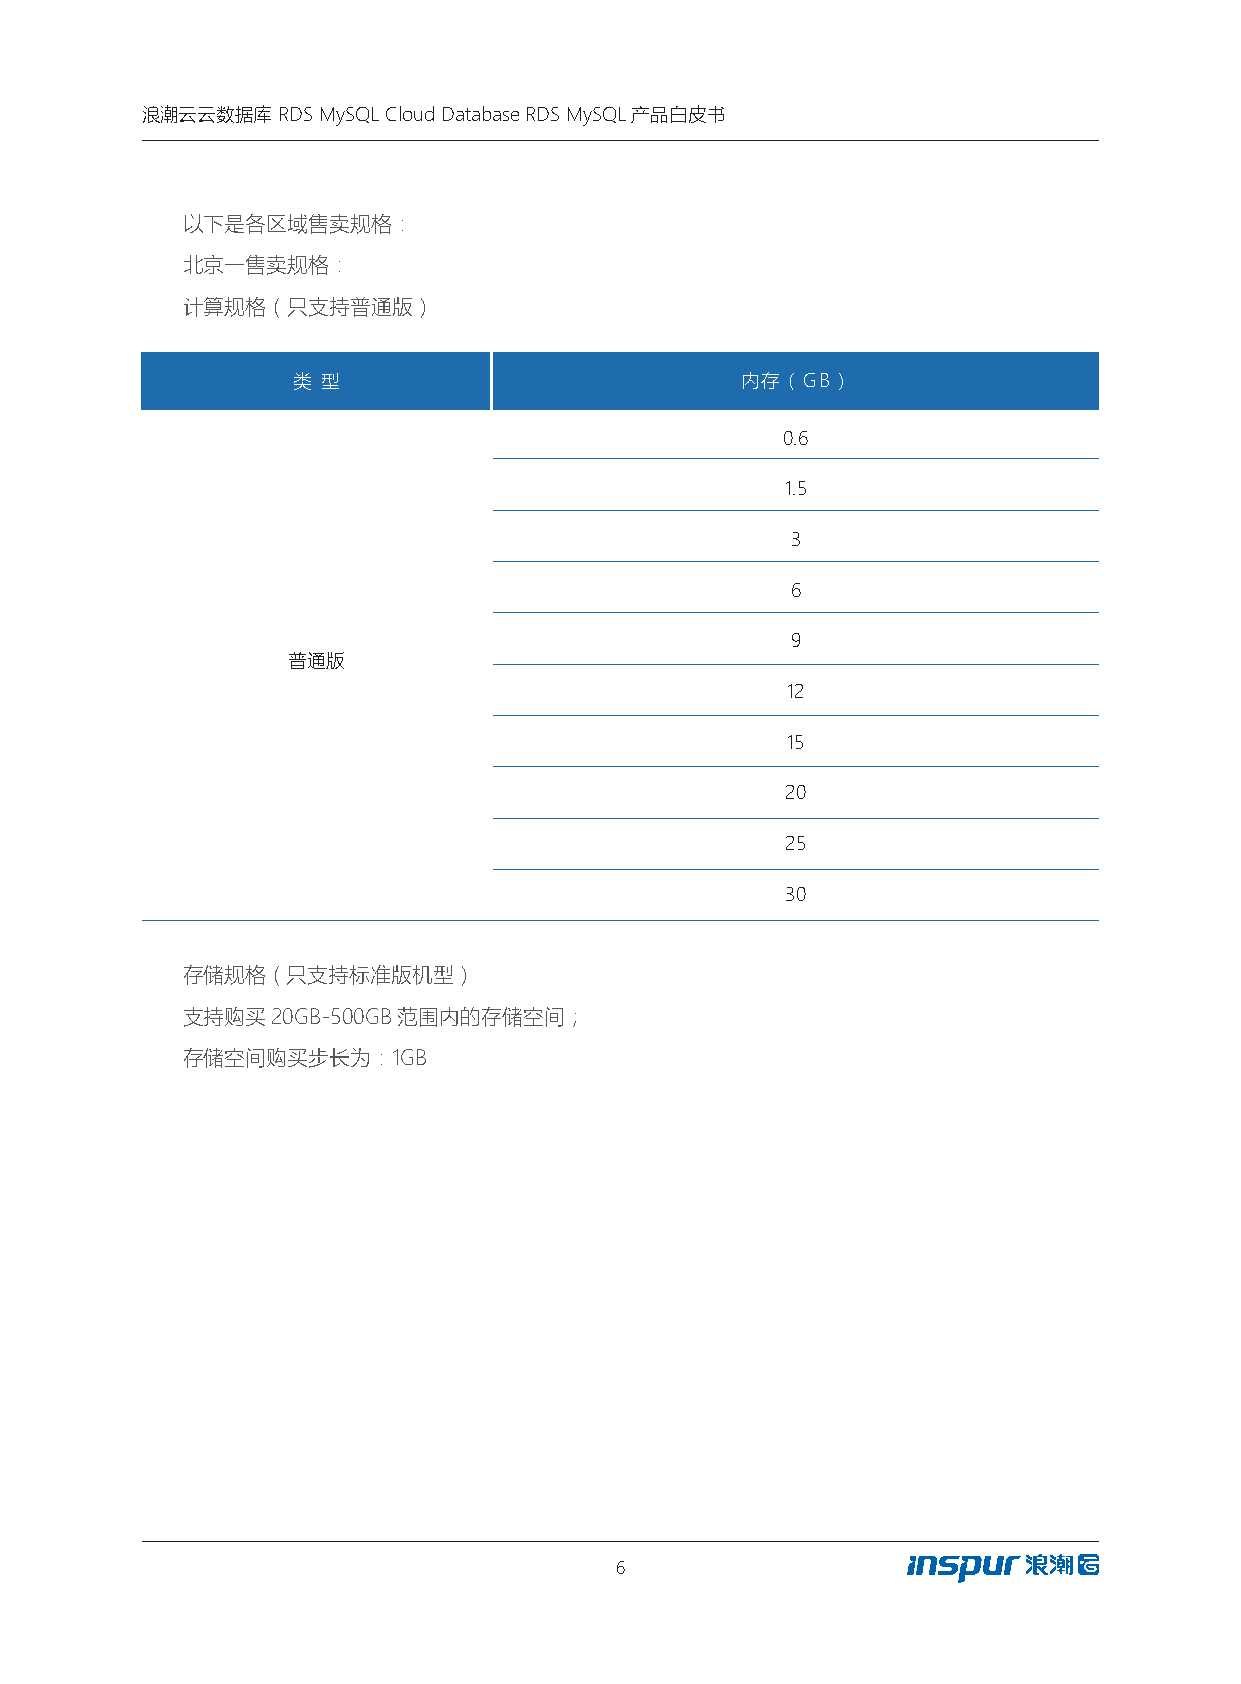
浪潮云云数据库  RDS MySQL Cloud Database RDS MySQL产品白皮书
 以下是各区域售卖规格：
 北京一售卖规格：
 计算规格（只支持普通版）
 类 型                           内存（GB）
 0.6
 1.5
 3
 6
 9
 普通版
 12
 15
 20
 25
 30
 存储规格（只支持标准版机型）
 支持购买20GB-500GB范围内的存储空间；
 存储空间购买步长为：1GB
 6